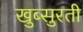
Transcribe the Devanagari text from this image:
खुब्सुरती